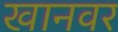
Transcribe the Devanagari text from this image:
खानवर